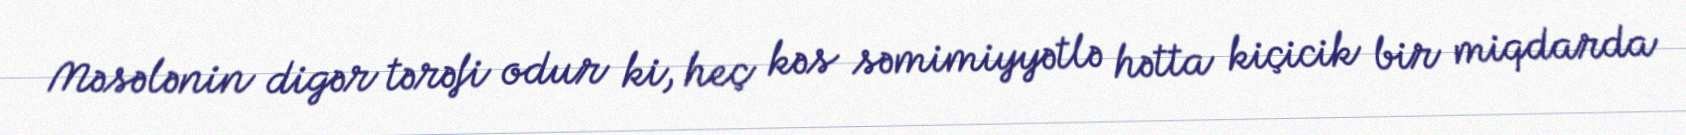
Məsələnin digər tərəfi odur ki, heç kəs səmimiyyətlə hətta kiçicik bir miqdarda